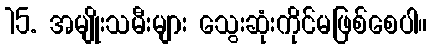
15. အမျိုးသမီးများ သွေးဆုံးကိုင်မဖြစ်စေပါ။